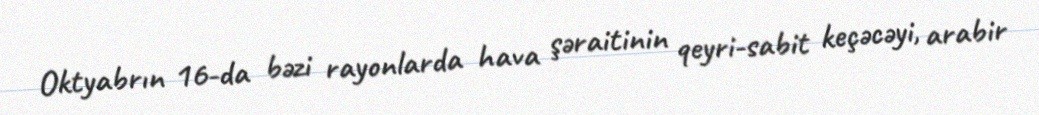
Oktyabrın 16-da bəzi rayonlarda hava şəraitinin qeyri-sabit keçəcəyi, arabir